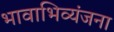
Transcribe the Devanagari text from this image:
भावाभिव्यंजना